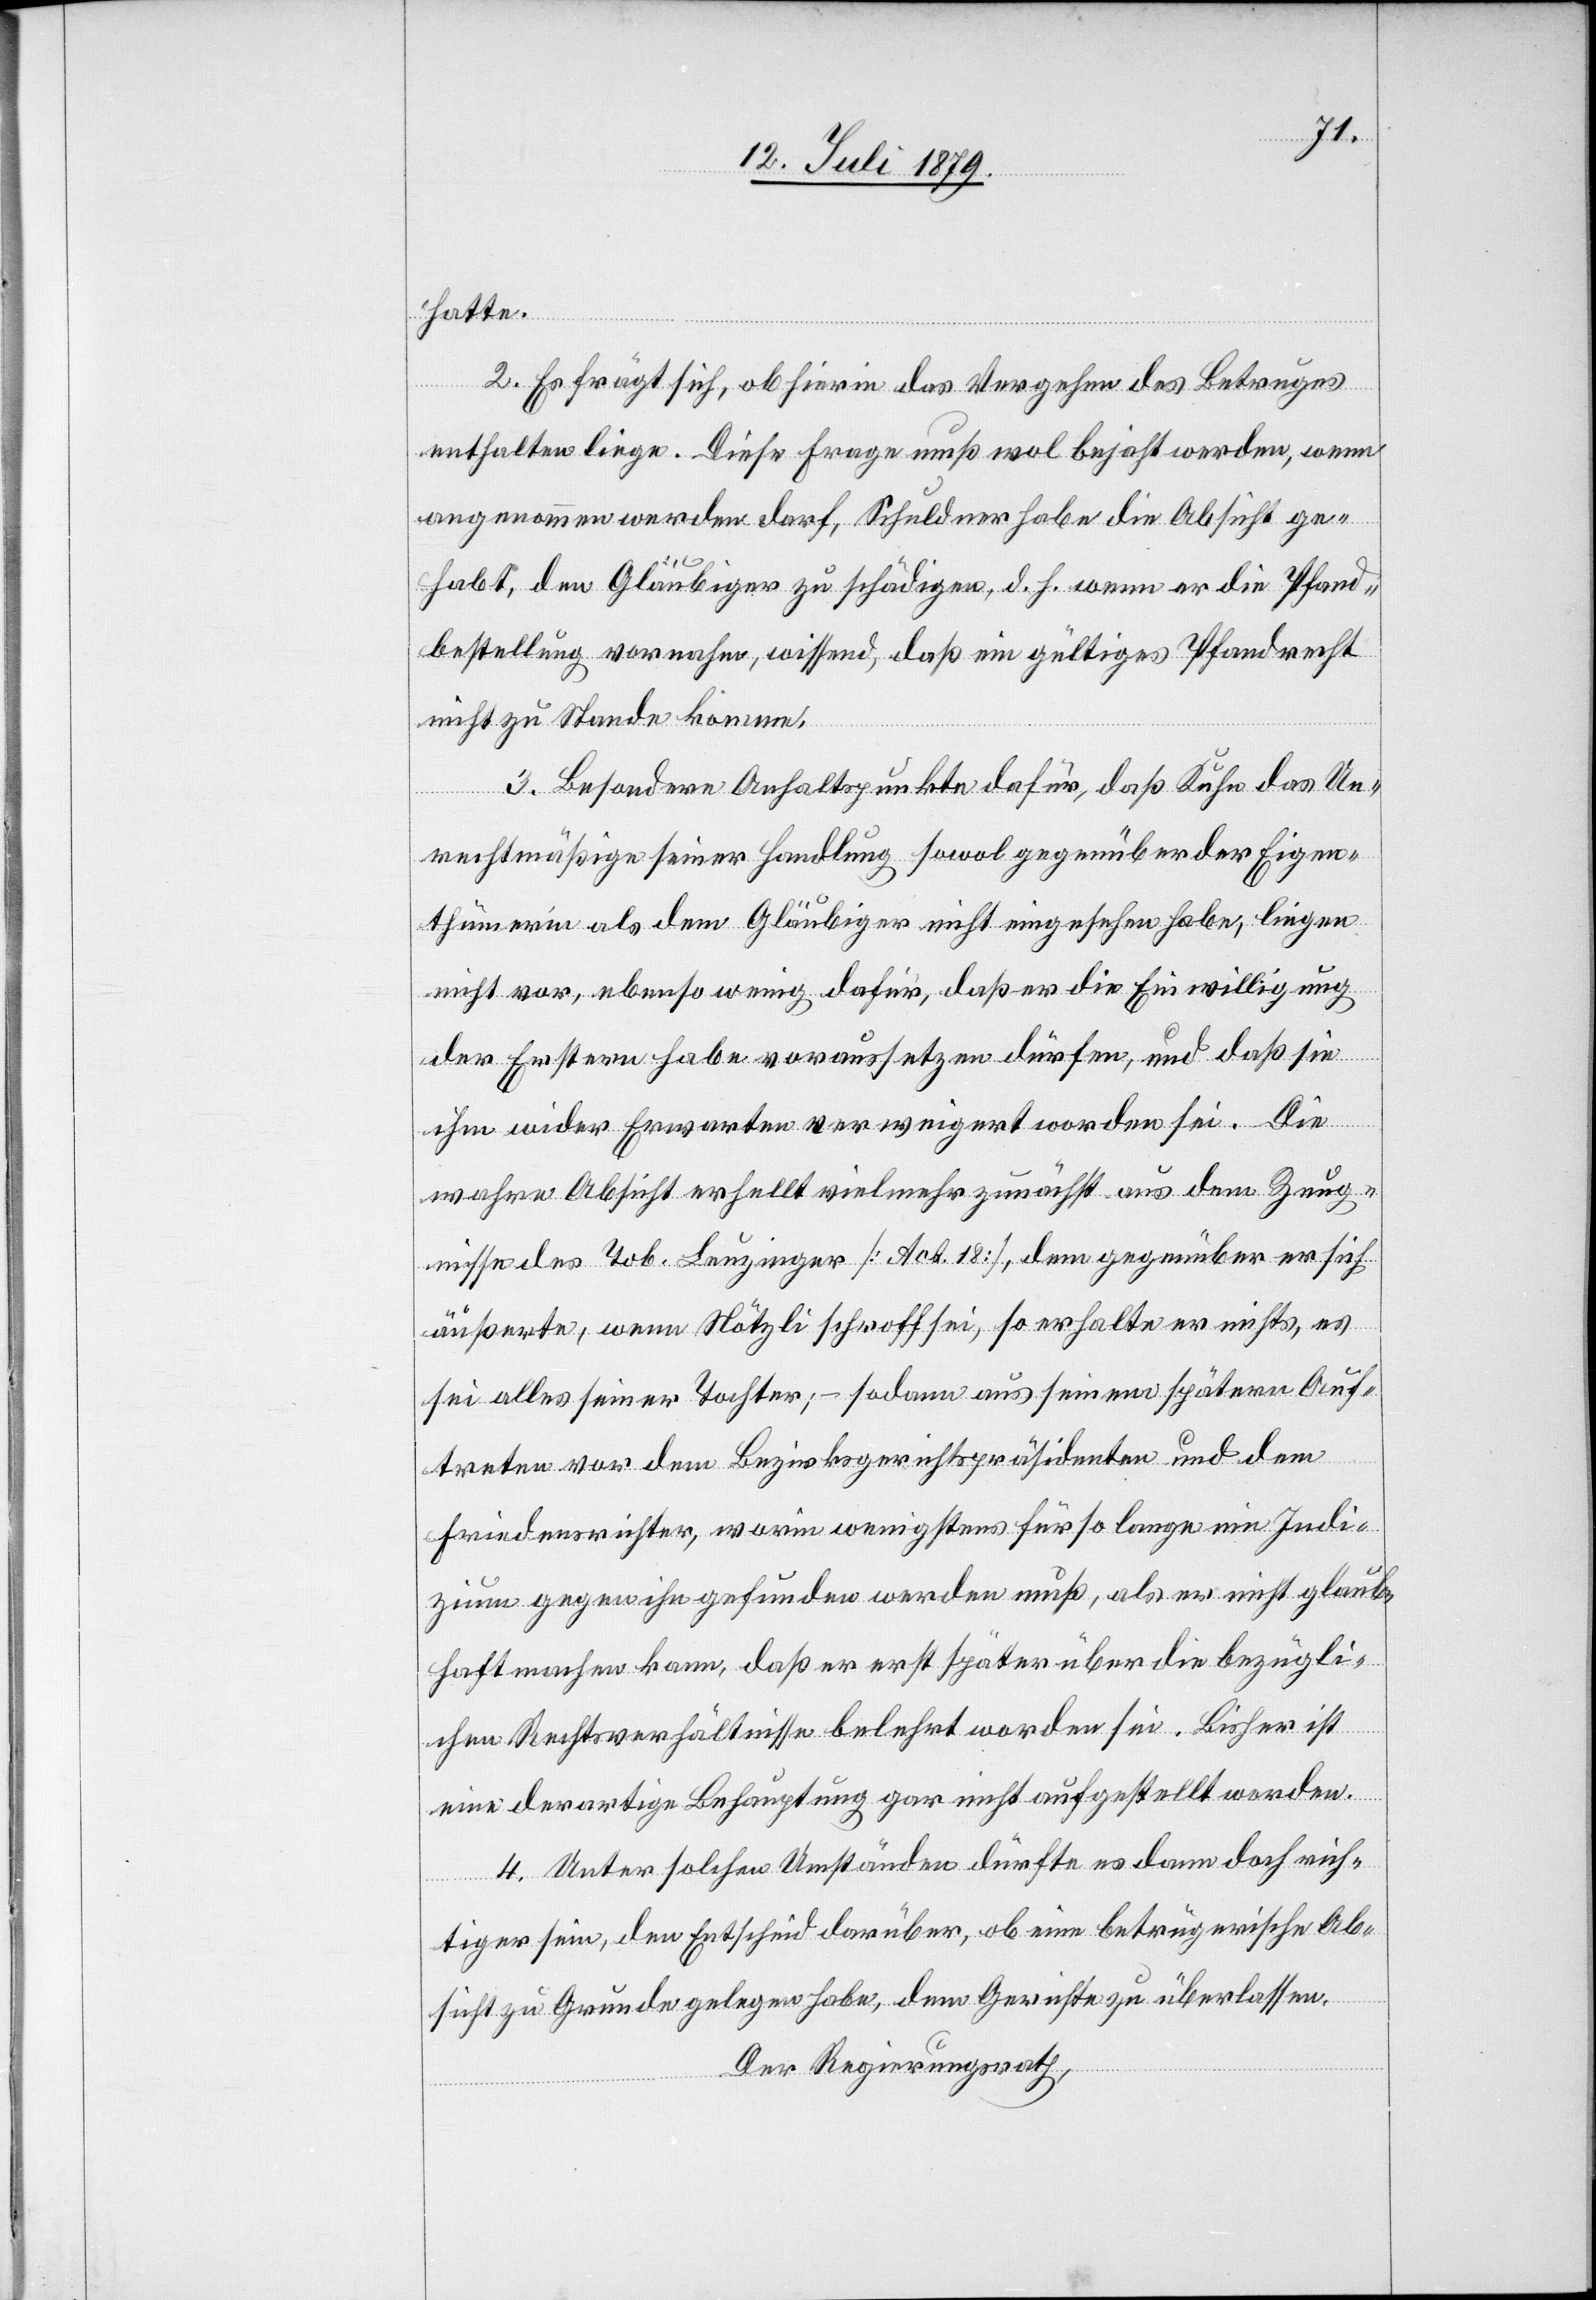
hatte.
2. Es frägt sich, ob hierin das Vergehen des Betruges
enthalten liege. Diese Frage muß wol bejaht werden, wenn
angenommen werden darf, Schuldner habe die Absicht ge¬
habt, den Gläubiger zu schädigen, d. h. wenn er die Pfand¬
bestellung vornahm, wissend, daß ein gültiges Pfandrecht
nicht zu Stande komme.
3. Besondere Anhaltspunkte dafür, daß Kuhn das Un¬
rechtsmäßige seiner Handlung sowol gegenüber der Eigen¬
thümerin als dem Gläubiger nicht eingesehen habe, liegen
nicht vor, ebenso wenig dafür, daß er die Einwilligung
der Erstern habe voraussetzen dürfen, und daß sie
ihm wider Erwarten verweigert worden sei. Die
wahre Absicht erhellt vielmehr zunächst aus dem Zeug¬
nisse des Tob. Leuzinger [Act. 18], dem gegenüber er sich
äußerte, wenn Nötzli schroff sei, so erhalte er nichts, es
sei alles seiner Tochter; – sodann aus seinem spätern Auf¬
treten vor dem Bezirksgerichtspräsidenten und dem
Friedensrichter, worin wenigstens für so lange ein Indi¬
zium gegen ihn gefunden werden muß, als er nicht glaub¬
haft machen kann, daß er erst später über die bezügli¬
chen Rechtsverhältnisse belehrt worden sei. Bisher ist
eine derartige Behauptung gar nicht aufgestellt worden.
4. Unter solchen Umständen dürfte es dann doch rich¬
tiger sein, den Entscheid darüber, ob eine betrügerische Ab¬
sicht zu Grunde gelegen habe, dem Gerichte zu überlassen.
Der Regierungsrath,